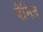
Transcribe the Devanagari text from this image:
बैसित